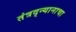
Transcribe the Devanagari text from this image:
तंत्रद्न्यानाचा